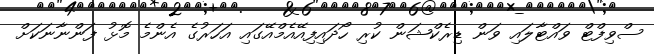
ސްވިފްޓް ވައްޓާލައި ވަން ޑިރެކްޝަން ކުރި ހޯދައިފިއޭއެމްއޭގައި އަހަރުގެ އެންމެ މޮޅު ފަންނާނަކަށް